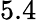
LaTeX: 5.4